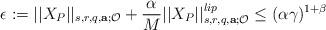
LaTeX: \begin{align*}\epsilon:=||X_P||_{s,r,q,\mathbf{a};\mathcal{O}}+\frac{\alpha}{M}||X_P||_{s,r,q,\mathbf{a};\mathcal{O}}^{lip}\leq(\alpha\gamma)^{1+\beta}\end{align*}